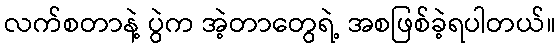
လက်စတာနဲ့ ပွဲက အဲ့တာတွေရဲ့ အစဖြစ်ခဲ့ရပါတယ်။